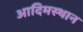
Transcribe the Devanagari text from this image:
आदिमस्थान